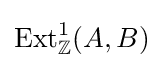
\operatorname {Ext} _{\mathbb {Z} }^{1}(A,B)